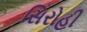
સિરોહી